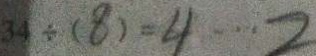
3 4 \div ( 8 ) = 4 \cdots 2